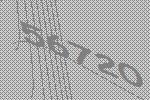
56720